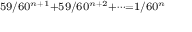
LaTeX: \scriptstyle 5 9 / 6 0 ^ { n + 1 } + 5 9 / 6 0 ^ { n + 2 } + \dots = 1 / 6 0 ^ { n }